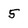
Character: 5